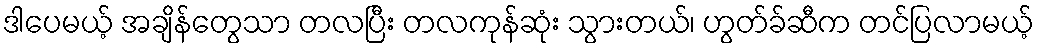
ဒါပေမယ့် အချိန်တွေသာ တလပြီး တလကုန်ဆုံး သွားတယ်၊ ဟွတ်ခ်ဆီက တင်ပြလာမယ့်